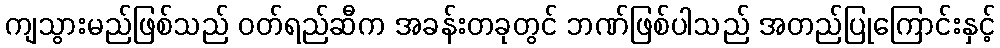
ကျသွားမည်ဖြစ်သည် ဝတ်ရည်ဆီက အခန်းတခုတွင် ဘဏ်ဖြစ်ပါသည် အတည်ပြုကြောင်းနှင့်